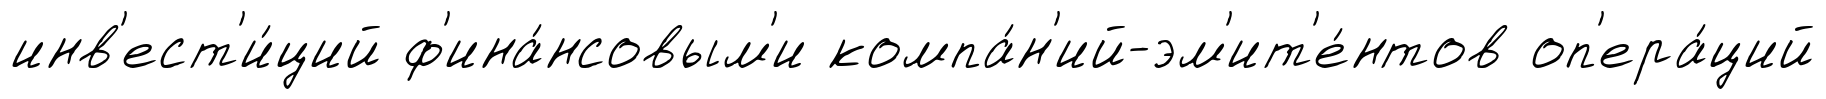
инв'ест'и́ций ф'ина́нсовым'и компа́н'ий-эм'ит'е́нтов оп'ера́ций